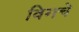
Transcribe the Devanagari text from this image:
विगचे